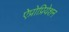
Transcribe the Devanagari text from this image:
ऐप्रोप्रियेशन